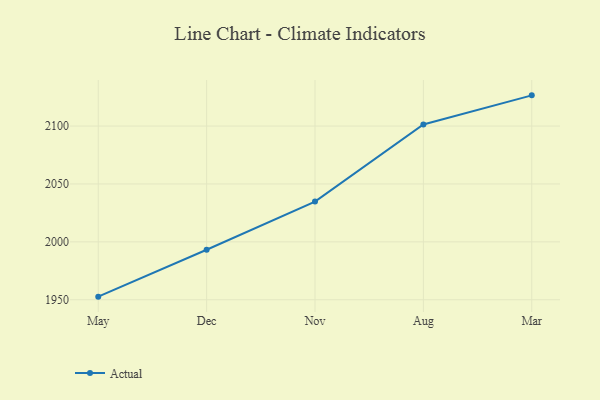
{"axis": {"x": "Month", "y": "Page Views"}, "legend": ["Actual"], "data": [{"x": "May", "y": 1952.7, "type": "Actual"}, {"x": "Dec", "y": 1993.2, "type": "Actual"}, {"x": "Nov", "y": 2034.8, "type": "Actual"}, {"x": "Aug", "y": 2101.4, "type": "Actual"}, {"x": "Mar", "y": 2126.5, "type": "Actual"}]}